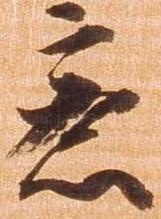
意